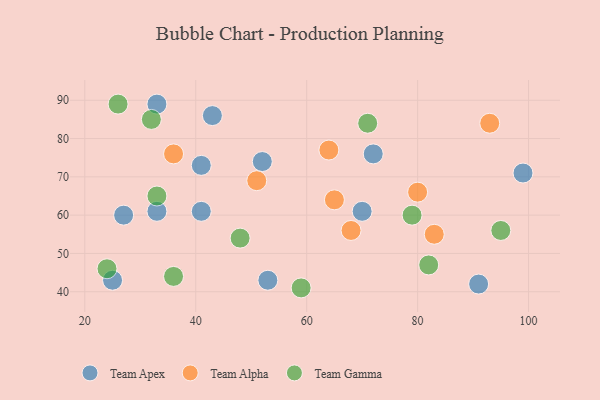
{"axis": {"x": "GDP", "y": "Life Expectancy"}, "legend": ["Team Alpha", "Team Apex", "Team Gamma"], "data": [{"x": "43", "y": 86, "type": "Team Apex"}, {"x": "41", "y": 61, "type": "Team Apex"}, {"x": "33", "y": 61, "type": "Team Apex"}, {"x": "99", "y": 71, "type": "Team Apex"}, {"x": "72", "y": 76, "type": "Team Apex"}, {"x": "91", "y": 42, "type": "Team Apex"}, {"x": "53", "y": 43, "type": "Team Apex"}, {"x": "70", "y": 61, "type": "Team Apex"}, {"x": "25", "y": 43, "type": "Team Apex"}, {"x": "41", "y": 73, "type": "Team Apex"}, {"x": "52", "y": 74, "type": "Team Apex"}, {"x": "33", "y": 89, "type": "Team Apex"}, {"x": "27", "y": 60, "type": "Team Apex"}, {"x": "93", "y": 84, "type": "Team Alpha"}, {"x": "65", "y": 64, "type": "Team Alpha"}, {"x": "80", "y": 66, "type": "Team Alpha"}, {"x": "36", "y": 76, "type": "Team Alpha"}, {"x": "64", "y": 77, "type": "Team Alpha"}, {"x": "51", "y": 69, "type": "Team Alpha"}, {"x": "83", "y": 55, "type": "Team Alpha"}, {"x": "68", "y": 56, "type": "Team Alpha"}, {"x": "59", "y": 41, "type": "Team Gamma"}, {"x": "95", "y": 56, "type": "Team Gamma"}, {"x": "71", "y": 84, "type": "Team Gamma"}, {"x": "24", "y": 46, "type": "Team Gamma"}, {"x": "33", "y": 65, "type": "Team Gamma"}, {"x": "48", "y": 54, "type": "Team Gamma"}, {"x": "26", "y": 89, "type": "Team Gamma"}, {"x": "36", "y": 44, "type": "Team Gamma"}, {"x": "32", "y": 85, "type": "Team Gamma"}, {"x": "82", "y": 47, "type": "Team Gamma"}, {"x": "79", "y": 60, "type": "Team Gamma"}]}